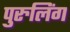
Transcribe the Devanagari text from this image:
पुरुलिंग